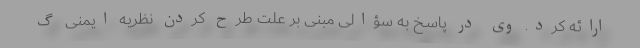
ارائه کرد. وی در پاسخ به سؤالی مبنی بر علت طرح کردن نظریه ایمنی گ